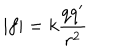
| f | = k \frac { q q ^ { \prime } } { r ^ { 2 } }